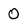
Character: 0